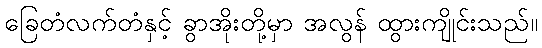
ခြေတံလက်တံနှင့် ခွာအိုးတို့မှာ အလွန် ထွားကျိုင်းသည်။